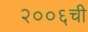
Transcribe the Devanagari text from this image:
२००६ची